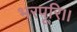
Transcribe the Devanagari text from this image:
भरपूरि।।